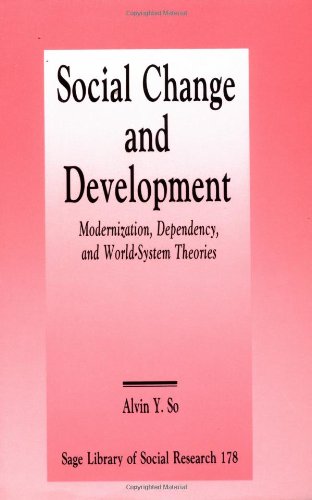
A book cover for Social Change and Development: Modernization, Dependency and World-System Theories (SAGE Library of Social Research); Alvin Y. So; Politics & Social Sciences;